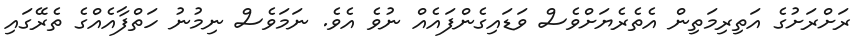
ރަށްރަށުގެ އަތިރިމަތިން އެތެރެޔަށްވެސް ވަޑައިގެންފައެއް ނުވެ އެވެ. ނަމަވެސް ނިމުނު ހަތްފާއެއްގެ ތެރޭގައި